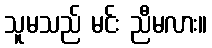
သူမသည် မင်း ညီမလား။